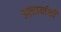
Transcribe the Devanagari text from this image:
आचार्याशी